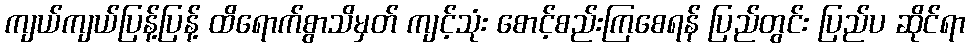
ကျယ်ကျယ်ပြန့်ပြန့် ထိရောက်စွာသိမှတ် ကျင့်သုံး စောင့်စည်းကြစေရန် ပြည်တွင်း ပြည်ပ ဆိုင်ရာ